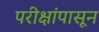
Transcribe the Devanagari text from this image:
परीक्षांपासून